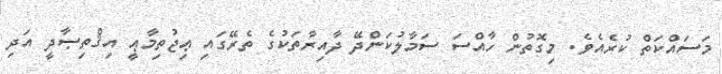
މަސައްކަތް ކުރެއެވެ. މިގޮތުން ހާއްސަ ސަމާލުކަންދޭ ދާއިރާތަކުގެ ތެރޭގައި ޢިޖުތިމާޢީ އިޤްތިޞާދީ އަދި